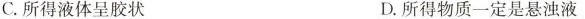
C.所得液体呈胶状 D.所得物质一定是悬浊液